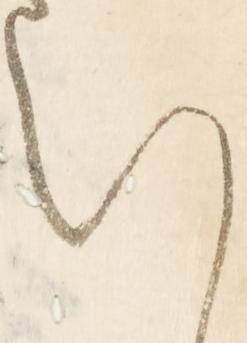
い